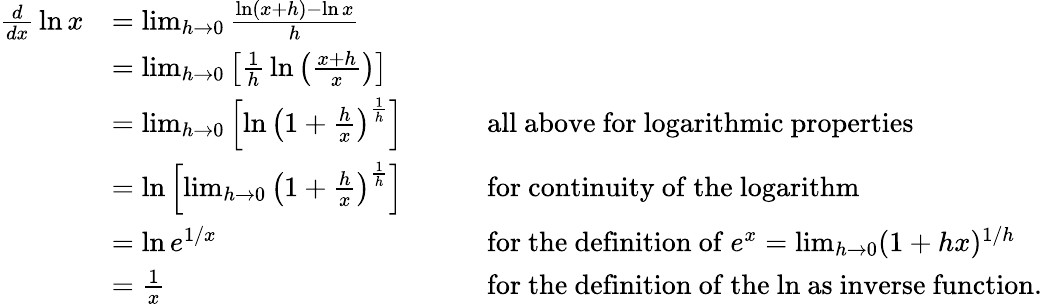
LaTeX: {\begin{array}{rlrl}{{\frac{d}{dx}}\ln x}&{=\operatorname*{lim}_{h\to 0}{\frac{\ln(x+h)-\ln x}{h}}}\\ &{=\operatorname*{lim}_{h\to 0}\left[{\frac{1}{h}}\ln\left({\frac{x+h}{x}}\right)\right]}\\ &{=\operatorname*{lim}_{h\to 0}\left[\ln\left(1+{\frac{h}{x}}\right)^{\frac{1}{h}}\right]\quad}&&{{\mathrm{all~above~for~logarithmic~properties}}}\\ &{=\ln\left[\operatorname*{lim}_{h\to 0}\left(1+{\frac{h}{x}}\right)^{\frac{1}{h}}\right]\quad}&&{{\mathrm{for~continuity~of~the~logarithm}}}\\ &{=\ln e^{1/x}\quad}&&{{\mathrm{for~the~definition~of~}}e^{x}=\operatorname*{lim}_{h\to 0}(1+hx)^{1/h}}\\ &{={\frac{1}{x}}\quad}&&{{\mathrm{for~the~definition~of~the~ln~as~inverse~function.}}}\end{array}}